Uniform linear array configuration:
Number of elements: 12
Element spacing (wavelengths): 0.75
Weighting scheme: exponential
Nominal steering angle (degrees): -15
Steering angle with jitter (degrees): -13.318
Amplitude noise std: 0.05
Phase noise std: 0.05

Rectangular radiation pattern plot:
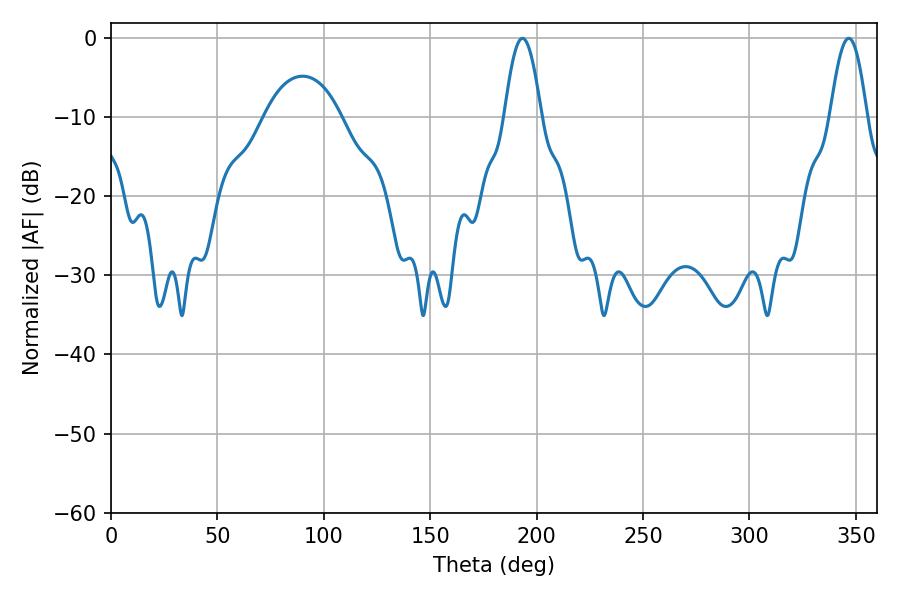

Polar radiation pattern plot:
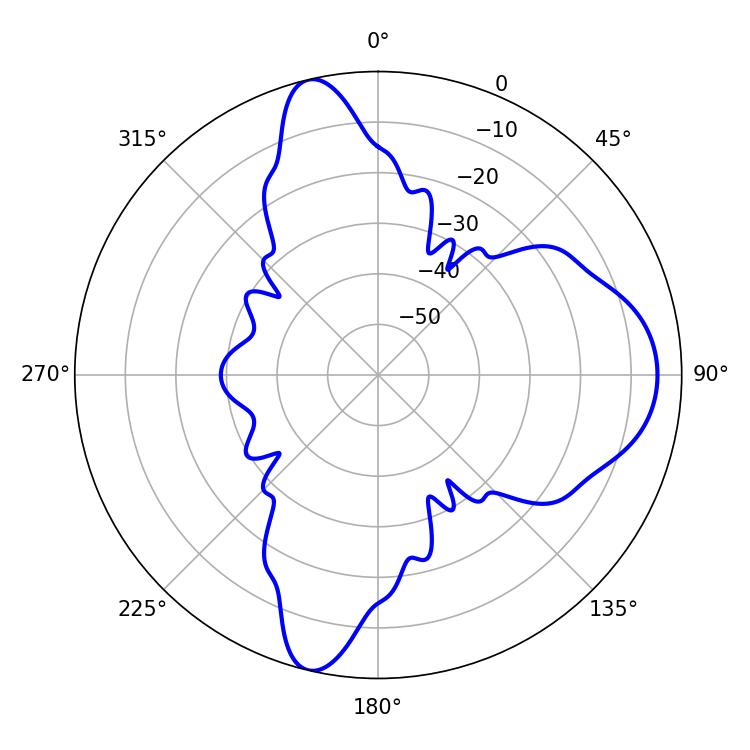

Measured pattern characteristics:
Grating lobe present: TRUE
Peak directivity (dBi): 13.362
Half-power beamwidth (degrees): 9.18
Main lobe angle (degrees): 193.32